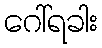
ဂေါ်ရခါး